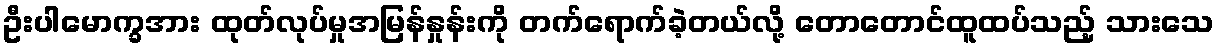
ဦးပါမောက္ခအား ထုတ်လုပ်မှုအမြန်နှုန်းကို တက်ရောက်ခဲ့တယ်လို့ တောတောင်ထူထပ်သည့် သားသေ